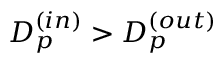
D _ { p } ^ { ( i n ) } > D _ { p } ^ { ( o u t ) }